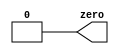
module top_module(
    output zero
);// Module body starts after semicolon

    assign zero = 2'b00;
    
endmodule